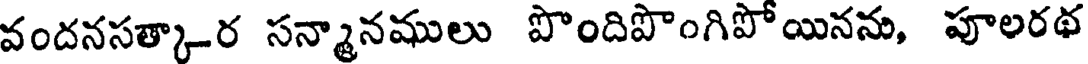
వందనసత్కార సన్మానములు పొందిపొంగిపోయినను, పూలరథ